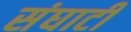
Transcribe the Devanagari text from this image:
संघाटी